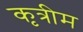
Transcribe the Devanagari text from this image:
कृत्रीम